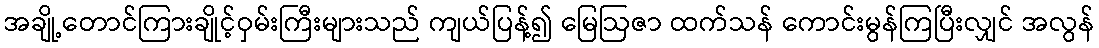
အချို့တောင်ကြားချိုင့်ဝှမ်းကြီးများသည် ကျယ်ပြန့်၍ မြေဩဇာ ထက်သန် ကောင်းမွန်ကြပြီးလျှင် အလွန်